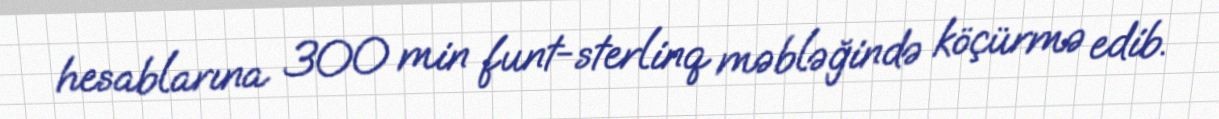
hesablarına 300 min funt-sterlinq məbləğində köçürmə edib.